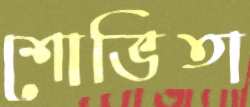
শোভিতা